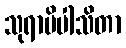
သုရာပိပါသိတာ